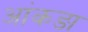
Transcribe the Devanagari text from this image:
आंकङा